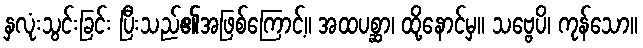
နှလုံးသွင်းခြင်း ပြီးသည်၏အဖြစ်ကြောင့်။ အထပစ္ဆာ၊ ထို့နောင်မှ။ သဗ္ဗေပိ၊ ကုန်သော။